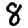
Digit: 8